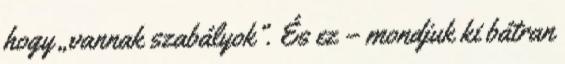
hogy „vannak szabályok”. És ez – mondjuk ki bátran